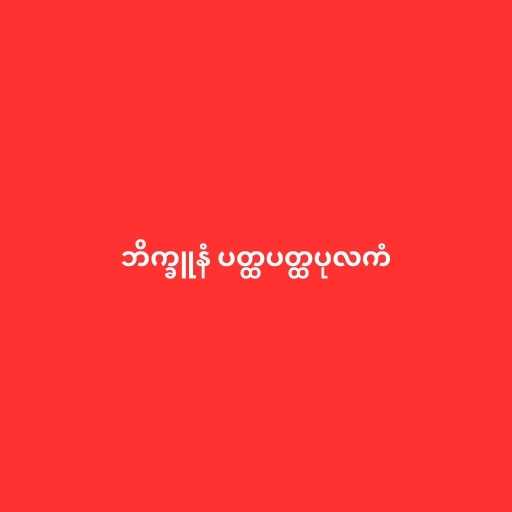
ဘိက္ခူနံ ပတ္ထပတ္ထပုလကံ